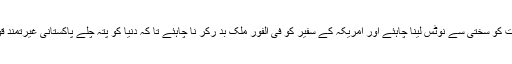
حکومت کو سختی سے نوٹس لینا چاہئے اور امریکہ کے سفیر کو فی الفور ملک بد رکر نا چاہئے تا کہ دنیا کو پتہ چلے پاکستانی غیرتمند قوم ہیں۔